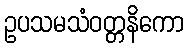
ဥပသမသံဝတ္တနိကော